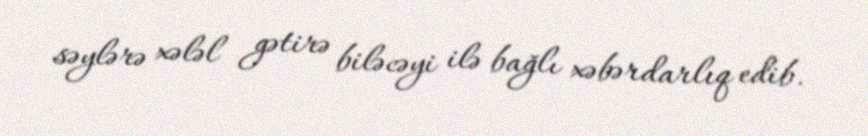
səylərə xələl gətirə biləcəyi ilə bağlı xəbərdarlıq edib.